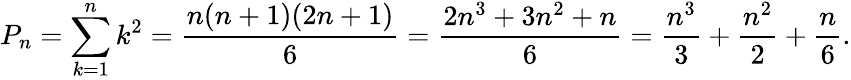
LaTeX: P_{n}=\sum_{k=1}^{n}k^{2}={\frac{n(n+1)(2n+1)}{6}}={\frac{2n^{3}+3n^{2}+n}{6}}={\frac{n^{3}}{3}}+{\frac{n^{2}}{2}}+{\frac{n}{6}}.